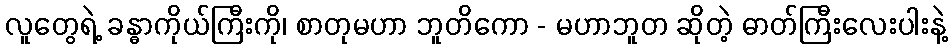
လူတွေရဲ့ ခန္ဓာကိုယ်ကြီးကို၊ စာတုမဟာ ဘူတိကော - မဟာဘူတ ဆိုတဲ့ ဓာတ်ကြီးလေးပါးနဲ့